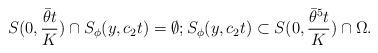
LaTeX: \begin{align*}S(0, \frac{\bar \theta t}{K}) \cap S_\phi(y, c_2t)=\emptyset; S_\phi(y, c_2t)\subset S(0, \frac{\bar \theta^5 t}{K})\cap\Omega. \end{align*}